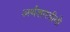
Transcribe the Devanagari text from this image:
अर्थशास्त्रीयो